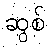
ဆွစ်